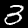
Label: 3